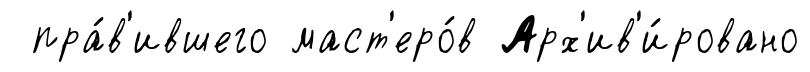
пра́в'ившего маст'еро́в Арх'ив'и́ровано